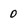
Character: 0